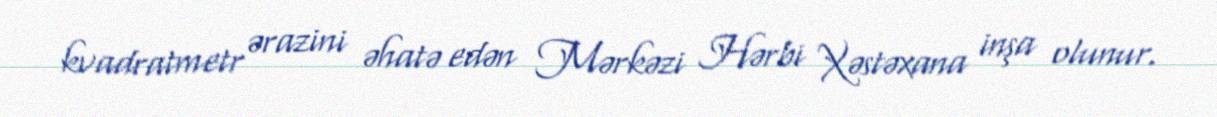
kvadratmetr ərazini əhatə edən Mərkəzi Hərbi Xəstəxana inşa olunur.